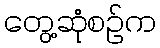
တွေ့ဆုံစဉ်က